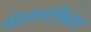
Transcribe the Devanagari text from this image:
तोलारखिंड